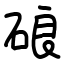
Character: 硠